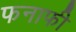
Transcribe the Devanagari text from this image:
फनाफी